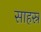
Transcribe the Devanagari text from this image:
साहस्र